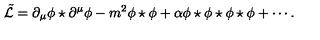
\tilde { \mathcal { L } } = \partial _ { \mu } \phi \star \partial ^ { \mu } \phi - m ^ { 2 } \phi \star \phi + \alpha \phi \star \phi \star \phi \star \phi + \cdots .